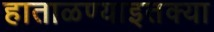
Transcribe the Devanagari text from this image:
हाताळण्याइतक्या